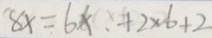
8 x = 6 x + 2 \times 6 + 2